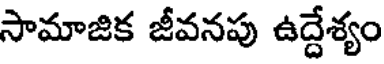
సామాజిక జీవనపు ఉద్దేశ్యం